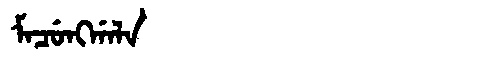
Manchu: ᠮᠠᠴᡠᠩᡤᠠᠯᠠ
Romanization: MACUNGGALA